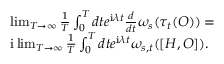
\begin{array} { r l } & { \operatorname* { l i m } _ { T \to \infty } \frac { 1 } { T } \int _ { 0 } ^ { T } d t e ^ { \mathrm { i } \lambda t } \frac { d } { d t } \omega _ { s } ( \tau _ { t } ( O ) ) = } \\ & { \mathrm { i } \operatorname* { l i m } _ { T \to \infty } \frac { 1 } { T } \int _ { 0 } ^ { T } d t e ^ { \mathrm { i } \lambda t } \omega _ { s , t } ( [ H , O ] ) . } \end{array}